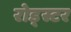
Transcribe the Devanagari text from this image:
रोड्स्टर